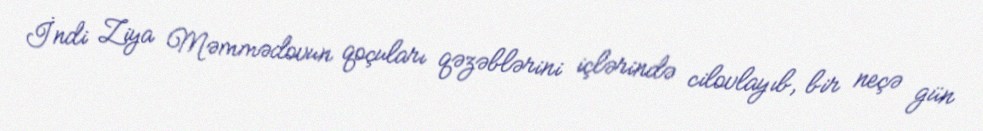
İndi Ziya Məmmədovun qoçuları qəzəblərini içlərində cilovlayıb, bir neçə gün